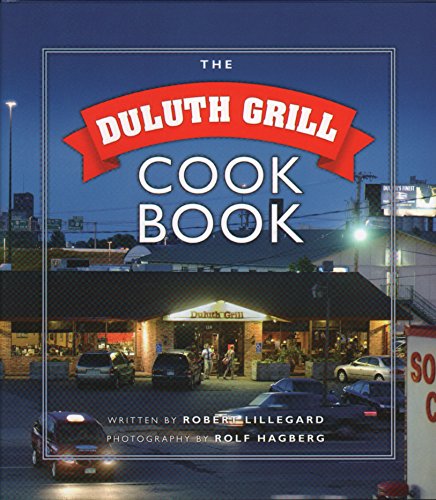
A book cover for Duluth Grill Cookbook; Robert Lillegard; Cookbooks, Food & Wine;